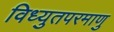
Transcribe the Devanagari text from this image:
विध्युतपरमाणु